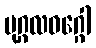
ပုဂ္ဂလဝဂ္ဂေါ